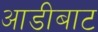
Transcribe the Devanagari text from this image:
आडीबाट